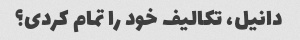
دانیل، تکالیف خود را تمام کردی؟